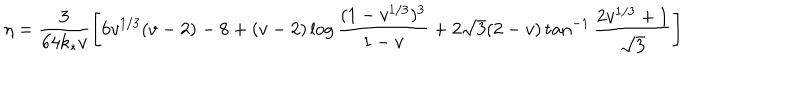
\eta = \frac { 3 } { 6 4 k _ { * } v } \left[ 6 v ^ { 1 / 3 } ( v - 2 ) - 8 + ( v - 2 ) \log \frac { ( 1 - v ^ { 1 / 3 } ) ^ { 3 } } { 1 - v } + 2 \sqrt { 3 } ( 2 - v ) \tan ^ { - 1 } \frac { 2 v ^ { 1 / 3 } + 1 } { \sqrt { 3 } } \right]